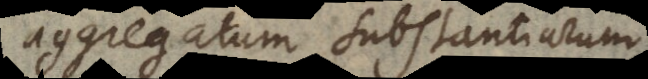
aggregatum substantiarum.